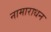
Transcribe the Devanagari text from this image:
नामाराधन